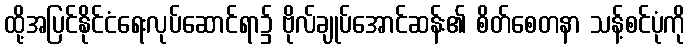
ထို့အပြင်နိုင်ငံရေးလုပ်ဆောင်ရာ၌ ဗိုလ်ချုပ်အောင်ဆန်း၏ စိတ်စေတနာ သန့်စင်ပုံကို